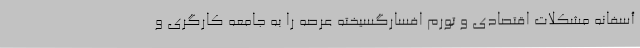
أسفانه مشکلات اقتصادی و تورم افسارگسیخته عرصه را به جامعه کارگری و